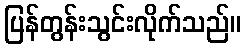
ပြန်တွန်းသွင်းလိုက်သည်။